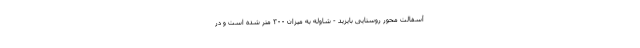
آسفالت محور روستایی بایزید - شاوله به میزان ۳۰۰ متر شده است و در